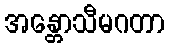
အန္တောသီမဂတာ